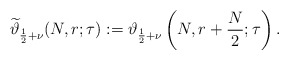
\begin{align*}\widetilde{\vartheta}_{\frac12+\nu}(N,r;\tau):=\vartheta_{\frac12+\nu}\left(N,r+\frac N2;\tau\right).\end{align*}